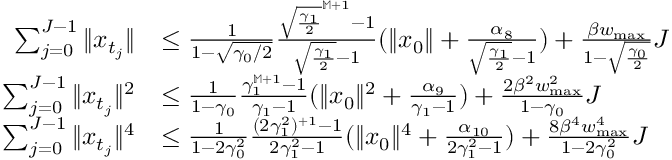
\begin{array} { r l } { \sum _ { j = 0 } ^ { J - 1 } \| x _ { t _ { j } } \| } & { \leq \frac { 1 } { 1 - \sqrt { \gamma _ { 0 } / 2 } } \frac { \sqrt { \frac { \gamma _ { 1 } } { 2 } } ^ { \mathbb M + 1 } - 1 } { \sqrt { \frac { \gamma _ { 1 } } { 2 } } - 1 } ( \| x _ { 0 } \| + \frac { \alpha _ { 8 } } { \sqrt { \frac { \gamma _ { 1 } } { 2 } } - 1 } ) + \frac { \beta w _ { \operatorname* { m a x } } } { 1 - \sqrt { \frac { \gamma _ { 0 } } { 2 } } } J } \\ { \sum _ { j = 0 } ^ { J - 1 } \| x _ { t _ { j } } \| ^ { 2 } } & { \leq \frac { 1 } { 1 - \gamma _ { 0 } } \frac { \gamma _ { 1 } ^ { \mathbb M + 1 } - 1 } { \gamma _ { 1 } - 1 } ( \| x _ { 0 } \| ^ { 2 } + \frac { \alpha _ { 9 } } { \gamma _ { 1 } - 1 } ) + \frac { 2 \beta ^ { 2 } w _ { \operatorname* { m a x } } ^ { 2 } } { 1 - \gamma _ { 0 } } J } \\ { \sum _ { j = 0 } ^ { J - 1 } \| x _ { t _ { j } } \| ^ { 4 } } & { \leq \frac { 1 } { 1 - 2 \gamma _ { 0 } ^ { 2 } } \frac { ( 2 \gamma _ { 1 } ^ { 2 } ) ^ { \mathbb + 1 } - 1 } { 2 \gamma _ { 1 } ^ { 2 } - 1 } ( \| x _ { 0 } \| ^ { 4 } + \frac { \alpha _ { 1 0 } } { 2 \gamma _ { 1 } ^ { 2 } - 1 } ) + \frac { 8 \beta ^ { 4 } w _ { \operatorname* { m a x } } ^ { 4 } } { 1 - 2 \gamma _ { 0 } ^ { 2 } } J } \end{array}